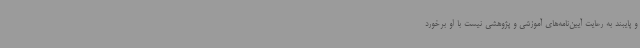
و پایبند به رعایت آیین‌نامه‌های آموزشی و پژوهشی نیست با او برخورد